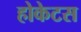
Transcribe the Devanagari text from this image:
होकेटस